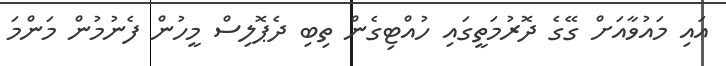
އައި މައުވާއަށް ގޭގެ ދޮރުމަތީގައި ހުއްޓިގެން ތިބި ދެޕޮލިސް މީހުން ފެނުމުން މަންމަ